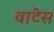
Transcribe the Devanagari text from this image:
वाटेस